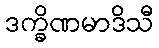
ဒက္ခိဏမာဒိသီ